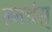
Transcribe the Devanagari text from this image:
ल्नचंस्